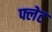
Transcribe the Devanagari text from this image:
फ्लेट